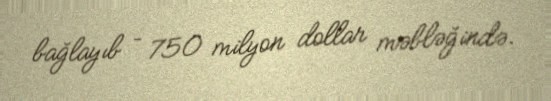
bağlayıb – 750 milyon dollar məbləğində.